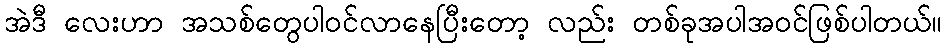
အဲဒီ လေးဟာ အသစ်တွေပါဝင်လာနေပြီးတော့ လည်း တစ်ခုအပါအဝင်ဖြစ်ပါတယ်။